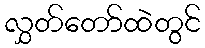
လွှတ်တော်ထဲတွင်